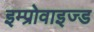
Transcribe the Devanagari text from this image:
इम्प्रोवाइज्ड